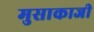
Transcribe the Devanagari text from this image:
मुसाकाजी